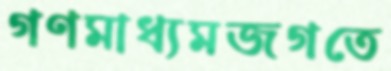
গণমাধ্যমজগতে